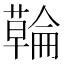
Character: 𮒇